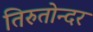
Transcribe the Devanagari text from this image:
तिरुतोन्दर